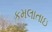
કમલાતાઇ